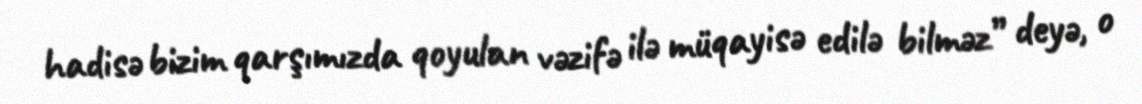
hadisə bizim qarşımızda qoyulan vəzifə ilə müqayisə edilə bilməz” deyə, o